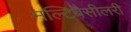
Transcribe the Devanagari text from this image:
मल्टिबैसीलरी